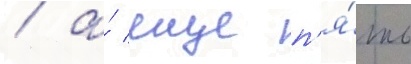
/ а́ еще п'я́ть